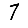
Digit: 7